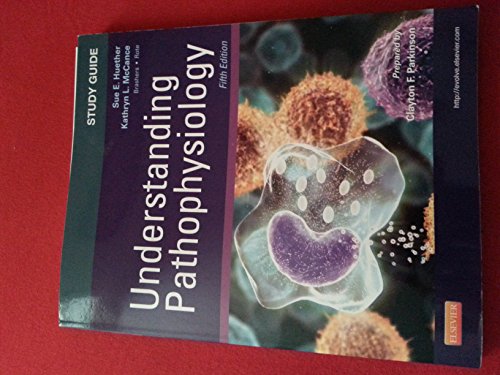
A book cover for Study Guide for Understanding Pathophysiology, 5th Edition; Sue E Huether; Medical Books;